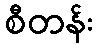
စီတန်း